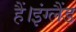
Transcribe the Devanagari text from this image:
हैं।इंग्लैंड